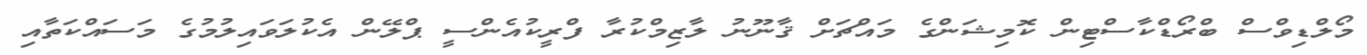
މޯލްޑިވްސް ބްރޯޑްކާސްޓިން ކޮމިޝަންގެ މައްޗަށް ޤާނޫނު ލާޒިމްކުރާ ފްރީކުއެންސީ ޕްލޭން އެކުލަވައިލުމުގެ މަސައްކަތާއި